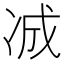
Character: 𪞞